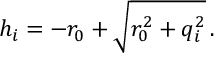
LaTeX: h _ { i } = - r _ { 0 } + \sqrt { r _ { 0 } ^ { 2 } + q _ { i } ^ { 2 } } \, .